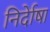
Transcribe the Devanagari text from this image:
निर्देाषा